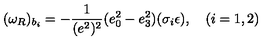
( \omega _ { R } ) _ { b _ { i } } = - \frac 1 { ( e ^ { 2 } ) ^ { 2 } } ( e _ { 0 } ^ { 2 } - e _ { 3 } ^ { 2 } ) ( \sigma _ { i } \epsilon ) , \quad ( i = 1 , 2 )